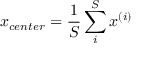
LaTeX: x _ { c e n t e r } = \frac 1 S \sum _ { i } ^ { S } x ^ { ( i ) }